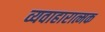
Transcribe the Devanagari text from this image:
व्यवाहारात्मक